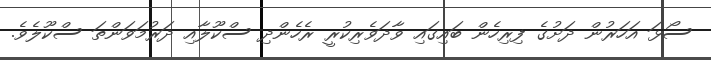
ސޯޅަ އަހަރުން ދަށުގެ ފިރިހެން ބައިގައި ވާދަވެރިކުރީ ރެހެންދި ސްކޫލާއި ދަރުމަވަންތަ ސްކޫލެވެ.